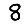
Digit: 8